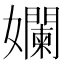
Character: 孄